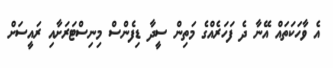
އެ ވާހަކަތައް އޭނާ ދެ ފަހަރެއްގެ މަތިން ސީދާ ޑިފެންސް މިނިސްޓަރަށާއި ރައީސަށް